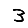
Digit: 3